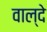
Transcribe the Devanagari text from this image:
वाल्दे